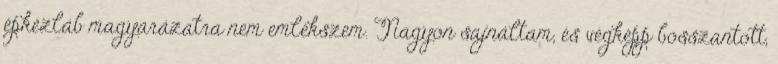
épkézláb magyarázatra nem emlékszem. Nagyon sajnáltam, és végképp bosszantott,